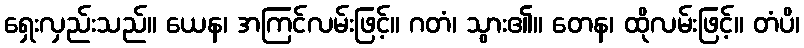
ရှေးလှည်းသည်။ ယေန၊ အကြင်လမ်းဖြင့်။ ဂတံ၊ သွား၏။ တေန၊ ထိုလမ်းဖြင့်။ တံပိ၊